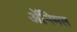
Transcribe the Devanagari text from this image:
अॅनिमल